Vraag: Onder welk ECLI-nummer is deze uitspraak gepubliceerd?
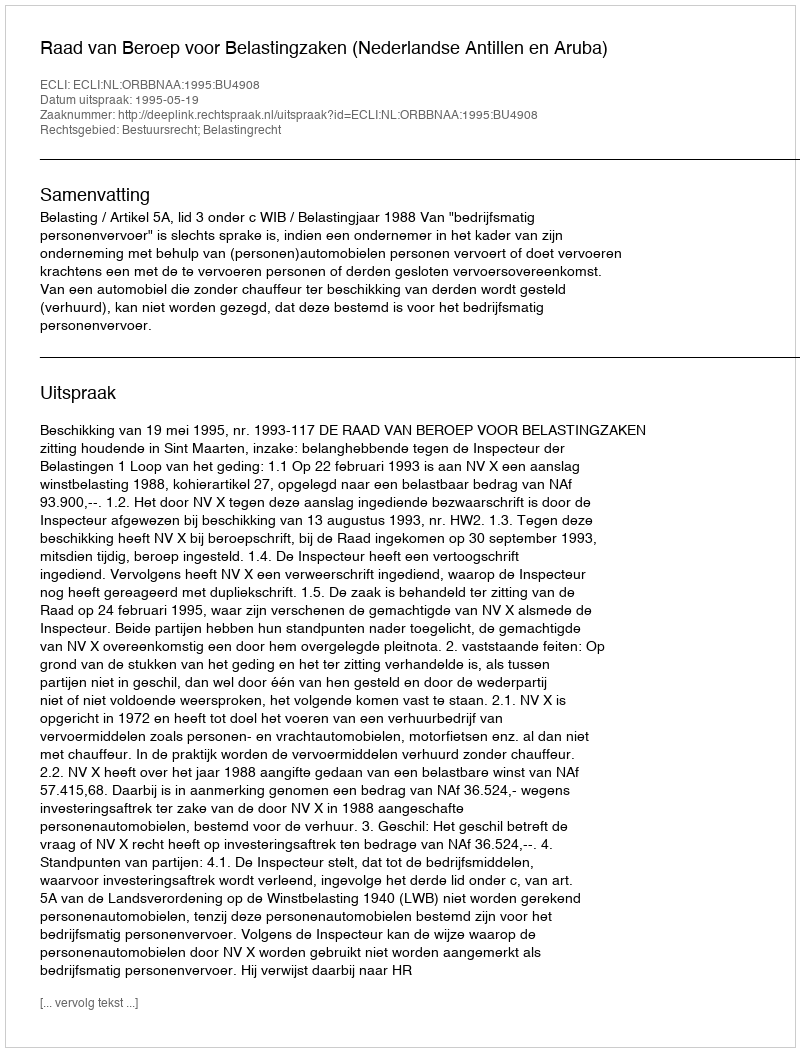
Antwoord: ECLI:NL:ORBBNAA:1995:BU4908